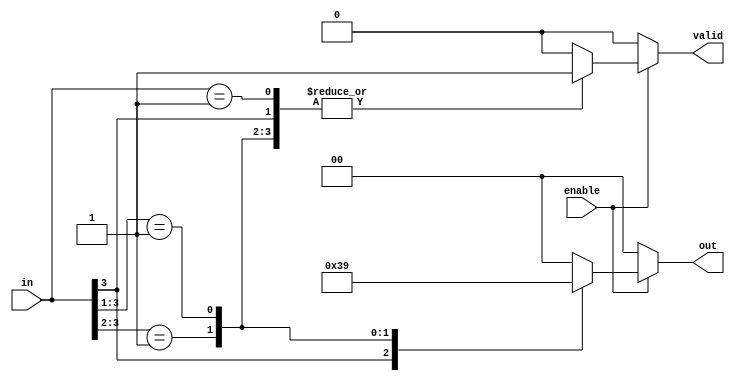
module multilevel_encoder (
    input wire [3:0] in,  // 4 input lines
    input wire enable,     // Enable signal
    output reg [1:0] out,  // 2 output lines
    output reg valid       // Valid signal to indicate valid output
);

// Priority encoding logic
always @(*) begin
    // Default values
    out = 2'b00; // Default output
    valid = 1'b0; // Default valid signal

    if (enable) begin
        casez (in) // Using casez to handle don't care conditions
            4'b1???: begin // Highest priority input is in[3]
                out = 2'b11; // Output for input 3
                valid = 1'b1; // Valid output
            end
            4'b01??: begin // Input 2
                out = 2'b10; // Output for input 2
                valid = 1'b1; // Valid output
            end
            4'b001?: begin // Input 1
                out = 2'b01; // Output for input 1
                valid = 1'b1; // Valid output
            end
            4'b0001: begin // Input 0
                out = 2'b00; // Output for input 0
                valid = 1'b1; // Valid output
            end
            default: begin // No valid input
                out = 2'b00; // Default output
                valid = 1'b0; // Invalid output
            end
        endcase
    end else begin
        out = 2'b00; // When not enabled, output is zero
        valid = 1'b0; // Not valid
    end
end

endmodule